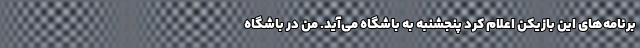
برنامه‌های این بازیکن اعلام کرد پنجشنبه به باشگاه می‌آید. من در باشگاه